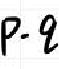
$P - 9$